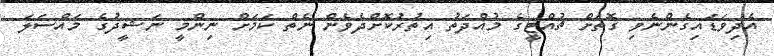
އެދިވަޑައިގެންނެވި ގޮތަށް ޗުއްޓީގެ މުއްދަތު އިތުރުކޮށްދެވެން ނެތް ކަމަށް ނިންމީ ނަޝީދުގެ މައްސަލަ